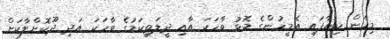
މިހެން ކިޔާފައި އެމީހުންގެ މޮޅު ވާހަކަ އާއި ދީލަތިކަމުގެ ވާހަކަ އަދި ދޫކޮށްލާކަށް